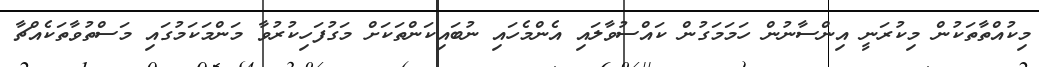
މިކުއްތާތަކުން މިކުރަނީ އިންސާނުން ހަމަމަގުން ކައްސުވާލައި އެންމެހައި ނުބައިކަންތަކަށް މަގުފަހިކުރުވާ މަންމަކަމުގައި މަސްތުވާތަކެއްޗާ